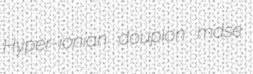
Hyper-ionian doupion mdse